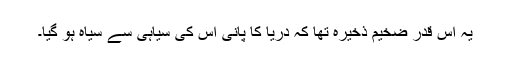
یہ اس قدر ضخیم ذخیرہ تھا کہ دریا کا پانی اس کی سیاہی سے سیاہ ہو گیا۔